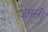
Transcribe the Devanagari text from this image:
जेतली